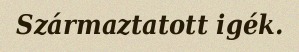
Származtatott igék.